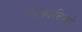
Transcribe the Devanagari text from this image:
आर्कादियो